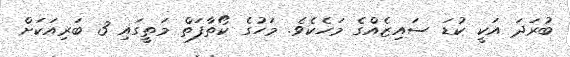
ބުރަދަ އަކީ ކުޑަ ސައިޒެއްގެ މަހެކެވެ. މަހުގެ ކޯތާފަތް މަތީގައި 3 ބަރިއަކަށް